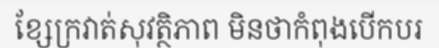
ខ្សែក្រវាត់សុវត្ថិភាព មិនថាកំពុងបើកបរ